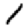
Digit: 1